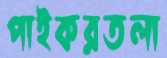
পাইকরতলা